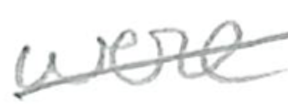
Text: were
Cross-out: mix
Writing tool: pencil